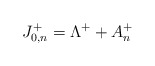
\begin{align*} J_{0,n}^+=\Lambda^++A_n^+\end{align*}